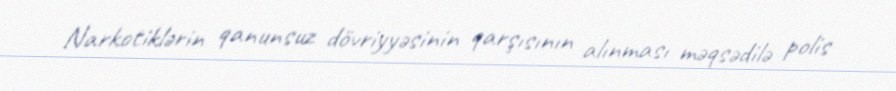
Narkotiklərin qanunsuz dövriyyəsinin qarşısının alınması məqsədilə polis